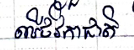
លើថវិកាជាតិ